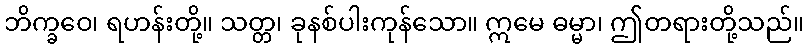
ဘိက္ခဝေ၊ ရဟန်းတို့။ သတ္တ၊ ခုနစ်ပါးကုန်သော။ ဣမေ ဓမ္မာ၊ ဤတရားတို့သည်။